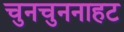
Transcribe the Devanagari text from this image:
चुनचुननाहट